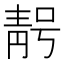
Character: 𮧃